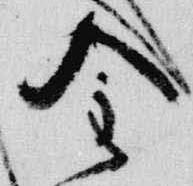
金